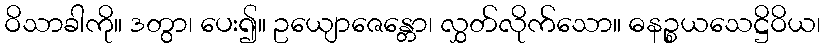
ဝိသာခါကို။ ဒတွာ၊ ပေး၍။ ဥယျောဇေန္တော၊ လွှတ်လိုက်သော။ ဓနဉ္စယသေဋ္ဌိဝိယ၊